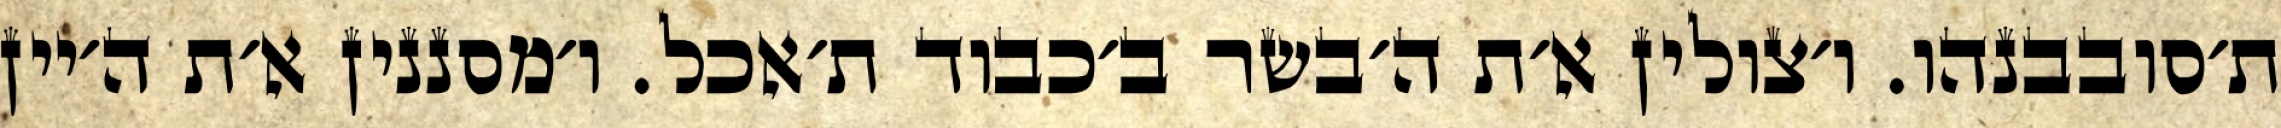
ת׳סובבנהו. ו׳צולין א׳ת ה׳בשר ב׳כבוד ת׳אכל. ו׳מסננין א׳ת ה׳יין